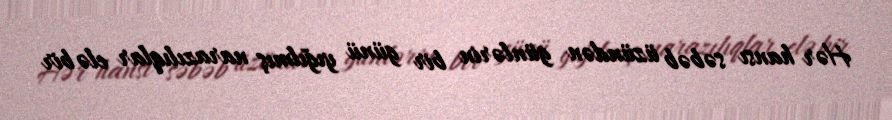
Hər hansı səbəb üzündən günlərin bir günü yığılmış narazılıqlar elə bir